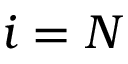
i = N